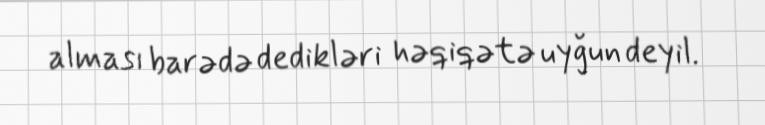
alması barədə dedikləri həqiqətə uyğun deyil.